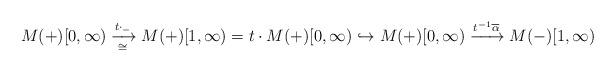
LaTeX: \begin{align*}M(+)[0,\infty)\xrightarrow[\cong]{t\cdot_-}M(+)[1,\infty) = t\cdot M(+)[0,\infty)\hookrightarrow M(+)[0,\infty)\xrightarrow{t^{-1}\overline{\alpha}} M(-)[1,\infty)\end{align*}